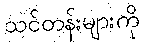
သင်တန်းများကို